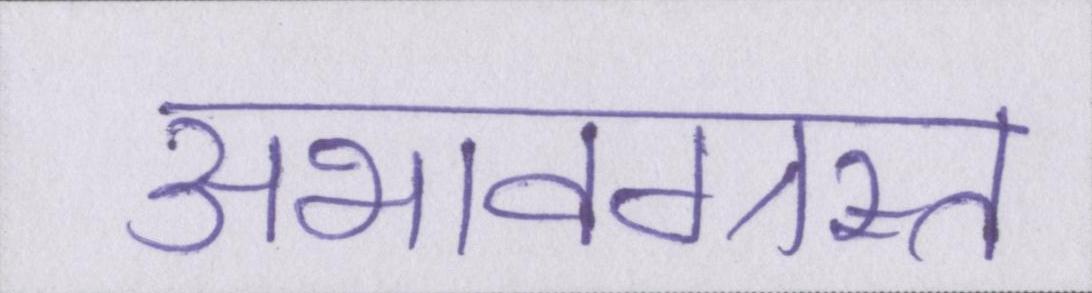
अभावग्रस्त